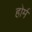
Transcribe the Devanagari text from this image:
होर्म